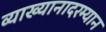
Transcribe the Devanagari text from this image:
व्याख्यानादरम्यान